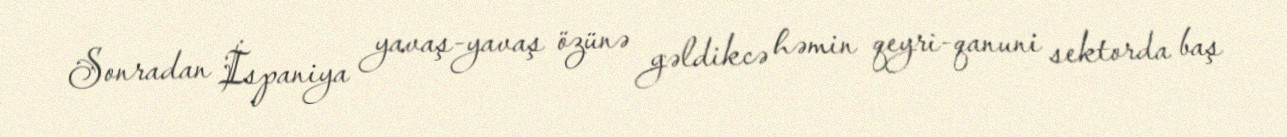
Sonradan İspaniya yavaş-yavaş özünə gəldikcə həmin qeyri-qanuni sektorda baş